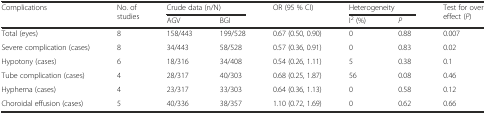
<table><thead><tr><td rowspan="2"><b>Complications</b></td><td rowspan="2"><b>No. of studies</b></td><td colspan="2"><b>Crude data (n/N)</b></td><td rowspan="2"><b>OR (95 % CI)</b></td><td colspan="2"><b>Heterogeneity</b></td><td rowspan="2"><b>Test for over effect (<i>P</i>)</b></td></tr><tr><td><b>AGV</b></td><td><b>BGI</b></td><td><b>I<sup>2</sup> (%)</b></td><td><b><i>P</i></b></td></tr></thead><tbody><tr><td>Total (eyes)</td><td>8</td><td>158/443</td><td>199/528</td><td>0.67 (0.50, 0.90)</td><td>0</td><td>0.88</td><td>0.007</td></tr><tr><td>Severe complication (cases)</td><td>8</td><td>34/443</td><td>58/528</td><td>0.57 (0.36, 0.91)</td><td>0</td><td>0.83</td><td>0.02</td></tr><tr><td>Hypotony (cases)</td><td>6</td><td>18/316</td><td>34/408</td><td>0.54 (0.26, 1.11)</td><td>5</td><td>0.38</td><td>0.1</td></tr><tr><td>Tube complication (cases)</td><td>4</td><td>28/317</td><td>40/303</td><td>0.68 (0.25, 1.87)</td><td>56</td><td>0.08</td><td>0.46</td></tr><tr><td>Hyphema (cases)</td><td>4</td><td>23/317</td><td>33/303</td><td>0.64 (0.36, 1.13)</td><td>0</td><td>0.58</td><td>0.12</td></tr><tr><td>Choroidal effusion (cases)</td><td>5</td><td>40/336</td><td>38/357</td><td>1.10 (0.72, 1.69)</td><td>0</td><td>0.62</td><td>0.66</td></tr></tbody></table>